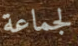
لجماعة